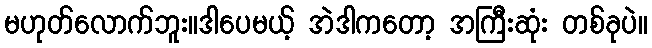
မဟုတ်လောက်ဘူး။ဒါပေမယ့် အဲဒါကတော့ အကြီးဆုံး တစ်ခုပဲ။